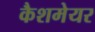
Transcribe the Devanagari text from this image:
कैशमेयर